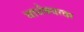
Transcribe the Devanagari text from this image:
वार्धक्यावर